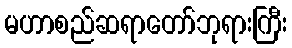
မဟာစည်ဆရာတော်ဘုရားကြီး